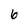
Character: 6